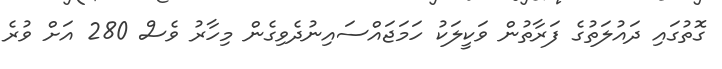
ގޮތުގައި ދައުލަތުގެ ފަރާތުން ވަކީލަކު ހަމަޖައްސައިނުދެވިގެން މިހާރު ވެސް 280 އަށް ވުރެ